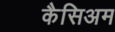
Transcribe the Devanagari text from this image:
कैसिअम